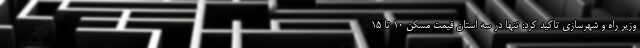
وزیر راه و شهرسازی تاکید کرد: تنها در سه استان قیمت مسکن ۱۰ تا ۱۵